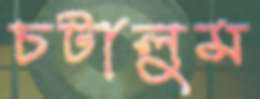
চটালুম